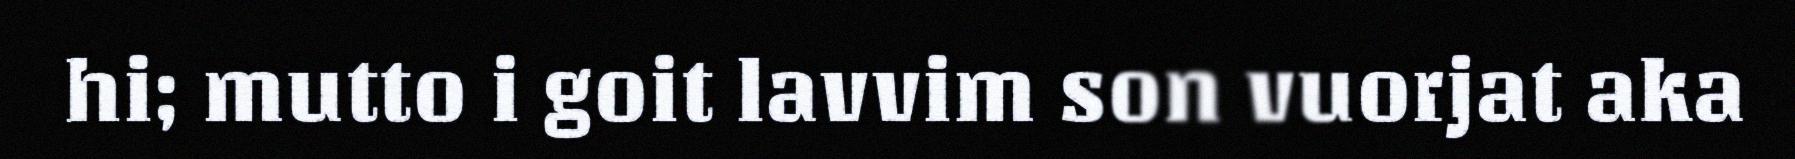
hi; mutto i goit lavvim son vuorjat aka